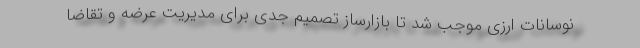
نوسانات ارزی موجب شد تا بازارساز تصمیم جدی برای مدیریت عرضه و تقاضا